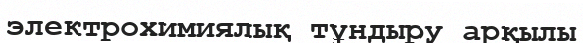
электрохимиялық тұндыру арқылы